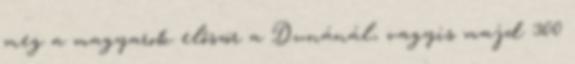
meg a magyarok először a Dunánál, vagyis majd 300